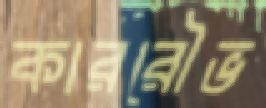
কাররৌভ